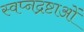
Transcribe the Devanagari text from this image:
स्वप्नद्रष्टाओं